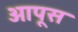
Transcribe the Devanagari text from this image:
आपूस